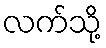
လက်သို့